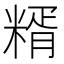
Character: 糈